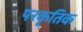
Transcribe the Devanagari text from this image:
परकृतिक